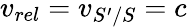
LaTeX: v_{rel}=v_{S^{\prime}/S}=c